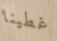
غطينا